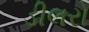
ડીલરો